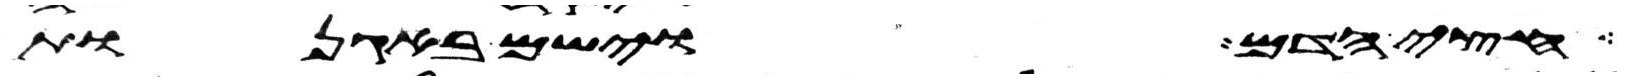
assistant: חצי הדם וישם באגנות